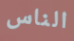
الناس